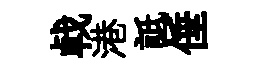
㦸港詆倕